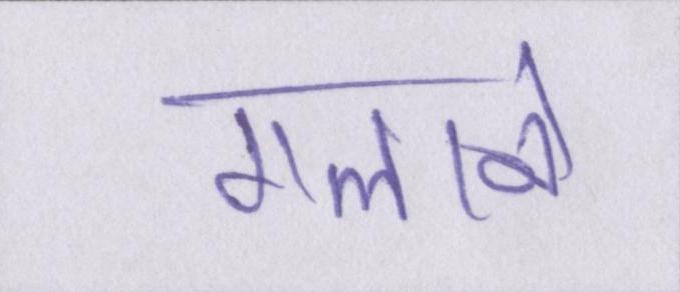
गलाने